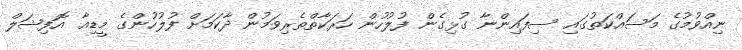
ނިއްވުމުގެ މަސައްކަތުގައި ސިފައިންނާ ގުޅިގެން ފުލުހުން ހަރަކާތްތެރިވަމުން ދާކަމަށް ފުލުހުންގެ މީޑިއާ އޮފިޝަލް